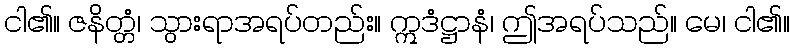
ငါ၏။ ဇနိတ္တံ၊ သွားရာအရပ်တည်း။ ဣဒံဋ္ဌာနံ၊ ဤအရပ်သည်။ မေ၊ ငါ၏။